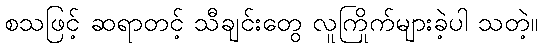
စသဖြင့် ဆရာတင့် သီချင်းတွေ လူကြိုက်များခဲ့ပါ သတဲ့။